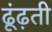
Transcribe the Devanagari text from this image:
ढूंढ़ती